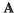
A